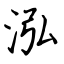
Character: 泓